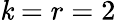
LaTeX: \mathit{k}=r=2